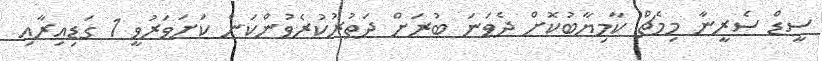
ސީޑް ސެރީނާ މިމެޗް ކާމިޔާބުކޮށް ދެވަނަ ބުރަށް ދަތުރުކުރެވުންކަން ކަށަވަރުވީ 1 ގަޑިއިރާއި